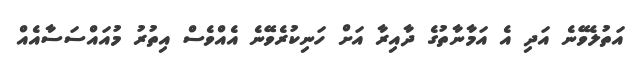
އަތުލެވޭނެ އަދި އެ އަމާނާތުގެ ދާއިރާ އަށް ހަނިކުރެވޭނެ އެއްވެސް އިތުރު މުއައްސަސާއެއް